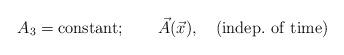
LaTeX: \begin{align*}A_3={\rm constant}; \qquad \vec{A}(\vec{x}), \quad {\rm (indep.~of~time)}\end{align*}